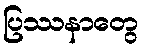
ပြဿနာတွေ